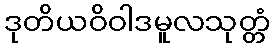
ဒုတိယဝိဝါဒမူလသုတ္တံ